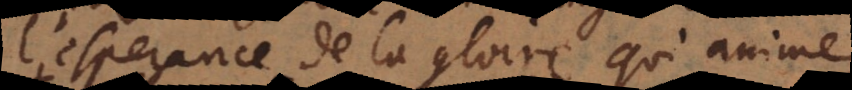
l’esperance de la gloire qui anime